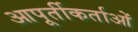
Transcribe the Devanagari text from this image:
आपूर्तीकर्ताओं